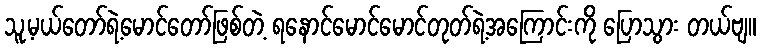
သူ့မယ်တော်ရဲ့မောင်တော်ဖြစ်တဲ့ ရနောင်မောင်မောင်တုတ်ရဲ့အကြောင်းကို ပြောသွား တယ်ဗျ။